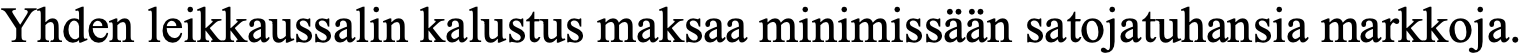
Yhden leikkaussalin kalustus maksaa minimissään satojatuhansia markkoja.